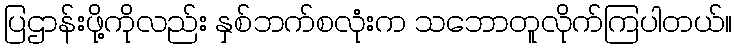
ပြဌာန်းဖို့ကိုလည်း နှစ်ဘက်စလုံးက သဘောတူလိုက်ကြပါတယ်။